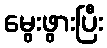
မွေးဖွားပြီး